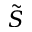
\tilde { S }